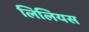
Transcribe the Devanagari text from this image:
लिलियस